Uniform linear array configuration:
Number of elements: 8
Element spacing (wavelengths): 0.25
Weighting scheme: exponential
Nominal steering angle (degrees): -45
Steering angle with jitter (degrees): -43.526
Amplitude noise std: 0.05
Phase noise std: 0.05

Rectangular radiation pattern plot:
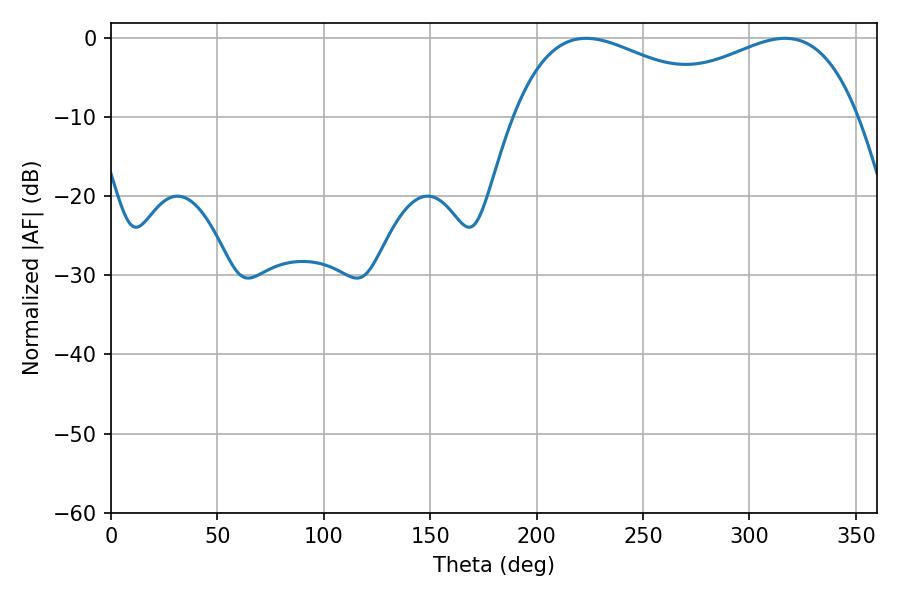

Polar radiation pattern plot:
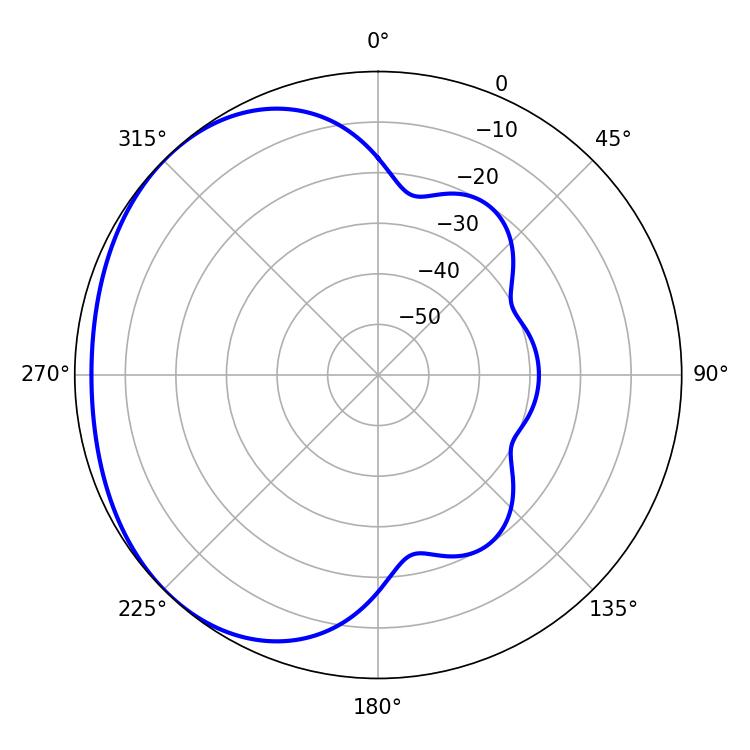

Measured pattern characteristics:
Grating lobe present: FALSE
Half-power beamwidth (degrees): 57.78
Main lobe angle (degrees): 316.8